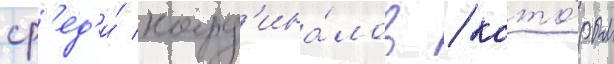
ср'ед'и́ кард'ина́лов / кото́рым